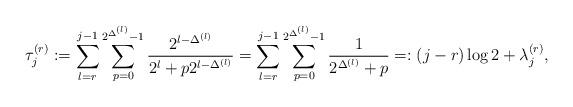
LaTeX: \begin{align*} \tau^{(r)}_j&:= \sum_{l=r}^{j-1} \sum_{p=0}^{2^{\Delta^{(l)} }-1} \frac{2^{l-\Delta^{(l)}}}{2^l +p2^{l-\Delta^{(l)}}}= \sum_{l=r}^{j-1} \sum_{p=0}^{2^{\Delta^{(l)} }-1}\frac{1}{2^{\Delta^{(l)}} + p} =: (j-r) \log 2 + \lambda_{j}^{(r)},\end{align*}